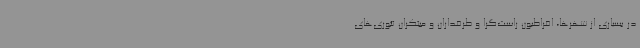
در بسیاری از شهرها، افراطیون راست‌گرا و طرفداران و مبتکران تئوری‌های